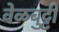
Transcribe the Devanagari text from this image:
वेळबुट्टी